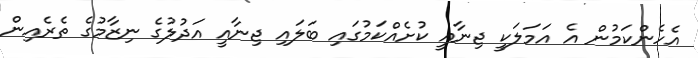
އެހެންކަމުން އެ އަމަލަކީ ޖިނާއީ ކުށެއްކަމުގައި ބަލައި ޖިނާއީ އަދުލުގެ ނިޒާމުގެ ތެރެއިން